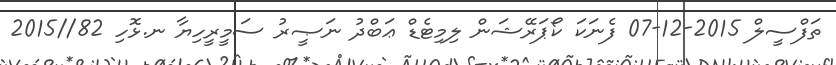
ތަފްސީލް 2015-12-07 ފެނަކަ ކޯޕަރޭޝަން ލިމިޓެޑް ޢަބްދު ނަޞީރު ސަމީރީހިޔާ ނ.ޅޮހި 82//2015